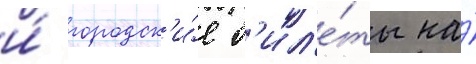
и́ городск'и́е б'ил'е́ты на́